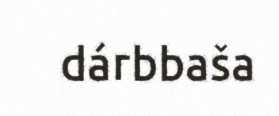
dárbbaša